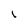
Character: l